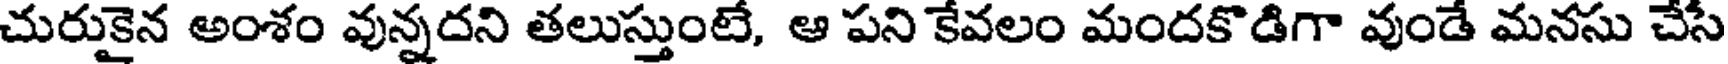
చురుకైన అంశం వున్నదని తలుస్తుంటే, ఆ పని కేవలం మందకొడిగా వుండే మనసు చేసే